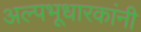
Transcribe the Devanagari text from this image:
अल्पभूधारकांनी